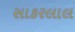
સાકરલાલ